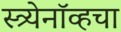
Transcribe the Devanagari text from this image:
स्त्र्येनॉव्हचा